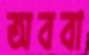
অববা